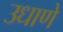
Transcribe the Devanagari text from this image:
उधाणे